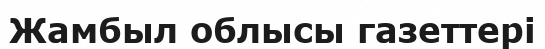
Жамбыл облысы газеттері